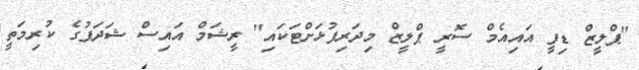
"ޕްލީޒް ޑިފީ އައިއެމް ސޮރީ ޕްލީޒް މިދަރިފުޅަށްޓަކައި" ރީޝަމް އައިސް ޝަދަފުގެ ކުރިމަތީ